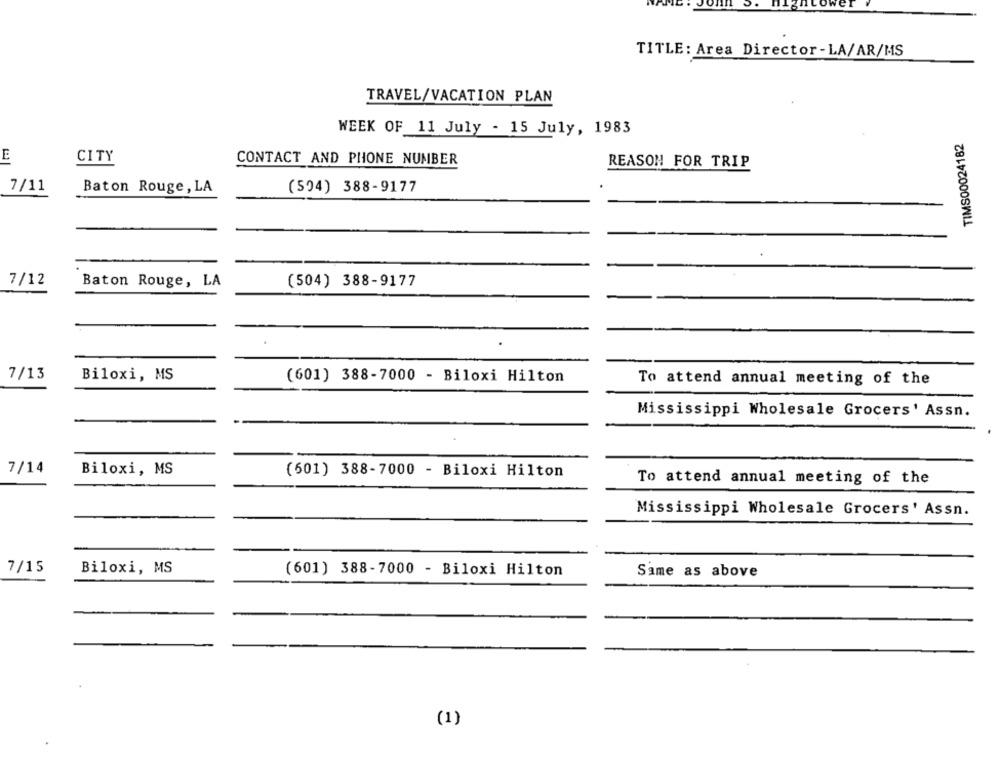
TITLE: Area Director- LA/AR/MS
TRAVEL/VACATION PLAN
WEEK OF 11 July - 15 July, 1983
TIMS00024182
E
CITY
CONTACT AND PHONE NUMBER
REASON FOR TRIP
7/11
Baton Rouge, LA
(594) 388-9177
7/12
Baton Rouge, LA
(504) 388-9177
7/13
Biloxi, MS
(601) 388-7000 - Biloxi Hilton
To attend annual meeting of the
Mississippi Wholesale Grocers' Assn.
7/14
Biloxi, MS
(601) 388-7000 - Biloxi Hilton
To attend annual meeting of the
Mississippi Wholesale Grocers' Assn.
7/15
Biloxi, MS
(601) 388-7000 - Biloxi Hilton
Same as above
(1)